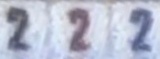
2 2 2